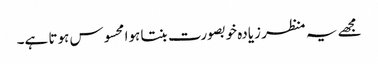
مجھے یہ منظر زیادہ خوبصورت بنتا ہوا محسوس ہوتا ہے۔